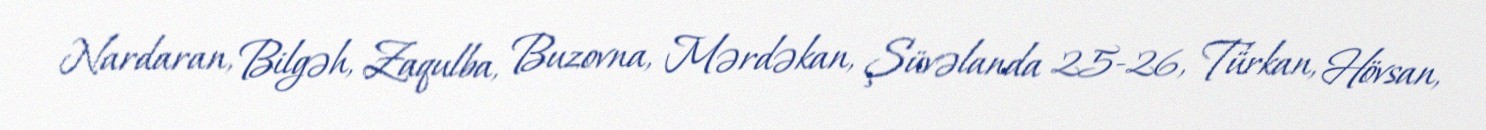
Nardaran, Bilgəh, Zaqulba, Buzovna, Mərdəkan, Şüvəlanda 25-26, Türkan, Hövsan,